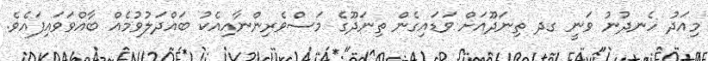
މިއަދު ހެނދުނު ވަނީ ގދ ތިނަދޫއަށް ވަޑައިގެން ތިނަދޫގެ މަސްވެރިންނާއިއެކު ބައްދަލުވުމެއް ބާއްވަވައިފައެވެ.